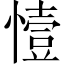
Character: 㦉